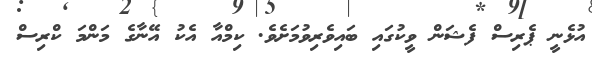
އުޅެނީ ޕެރިސް ފެޝަން ވީކުގައި ބައިވެރިވުމަށެވެ. ކިމްއާ އެކު އޭނާގެ މަންމަ ކްރިސް